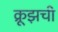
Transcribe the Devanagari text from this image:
क्रूझची